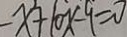
- x + 1 0 x - 9 = 0